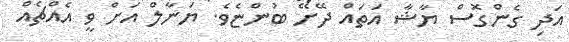
އަދި ގެންގޮސް ޔާޝާ އަތައް ދޭށޭ ބުންޏެވެ. ޔަނާލް އަށް ވީ އެއްޗެއް